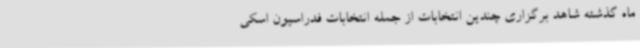
ماه گذشته شاهد برگزاری چندین انتخابات از جمله انتخابات فدراسیون اسکی